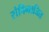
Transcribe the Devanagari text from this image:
संविभाजित